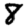
Digit: 8